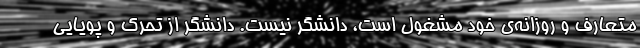
متعارف و روزانه‌ی خود مشغول است، دانشگر نیست. دانشگر از تحرک و پویایی